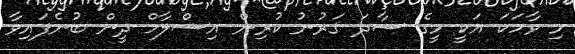
މި ވާހަކަ އަކީ މީގެ ސާދަ ޤަރުނު ކުރިން އިސްލާމް ދީން ބުނެފައިވާ